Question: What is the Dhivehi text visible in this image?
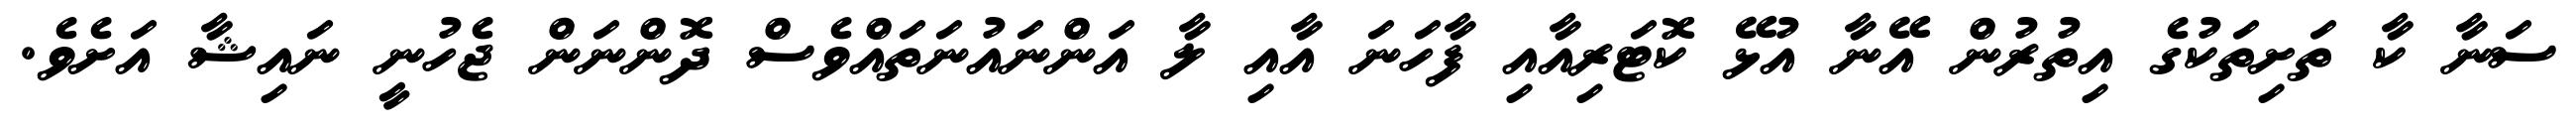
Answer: ސަނާ ކާ ތަށިތަކުގެ އިތުރުން އޭނާ އުޅޭ ކޮޓަރިއާއި ފާހަނަ އާއި ލާ އަންނައުނަތައްވެސް ދޮންނަން ޖެހުނީ ނައިޝާ އަށެވެ.